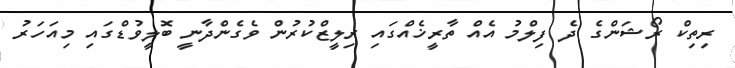
ރިތިކް ރޯޝަންގެ ދެ ފިލްމު އެއް ތާރީޚެއްގައި ރިލީޒްކުރުން ވެގެންދާނީ ބޮލީވުޑްގައި މިއަހަރު